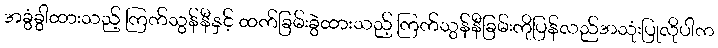
အခွံခွါထားသည့် ကြက်သွန်နီနှင့် ထက်ခြမ်းခွဲထားသည့် ကြက်သွန်နီခြမ်းကိုပြန်လည်အသုံးပြုလိုပါက